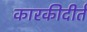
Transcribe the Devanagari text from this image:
कारकीदीर्त